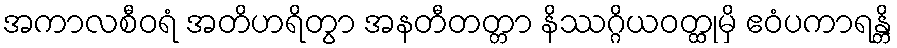
အကာလစီဝရံ အတိဟရိတွာ အနတီတတ္တာ နိဿဂ္ဂိယဝတ္ထုမှိ ဧဝံပကာရန္တိ